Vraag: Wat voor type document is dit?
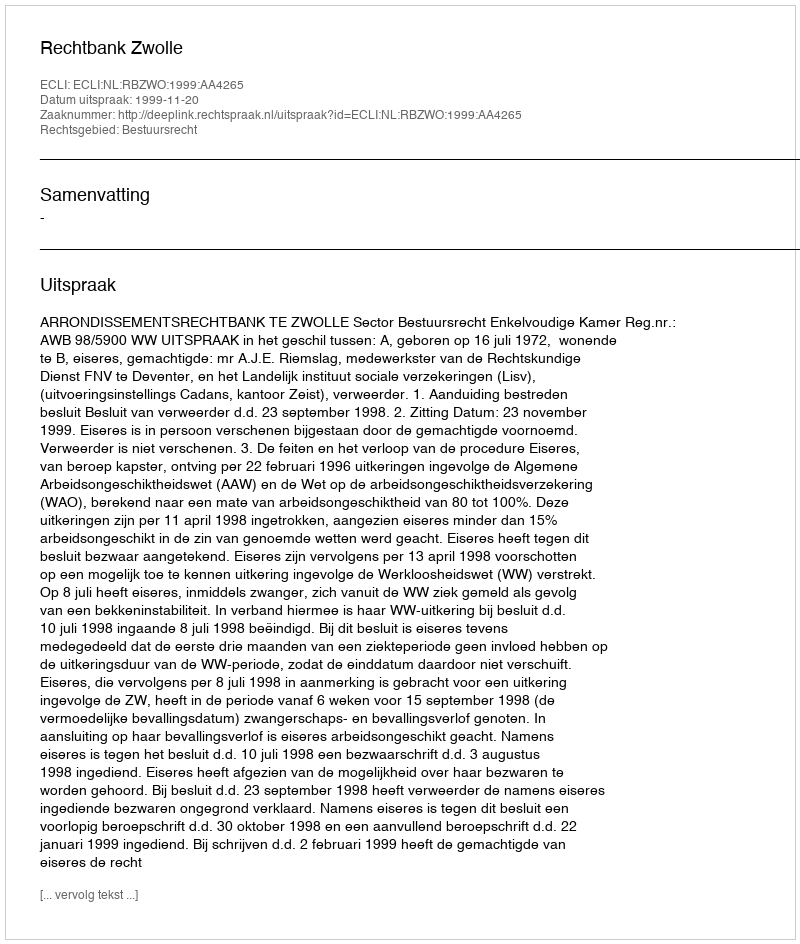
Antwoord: Uitspraak